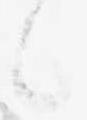
候